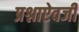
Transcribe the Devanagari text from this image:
प्रश्नाऐवजी